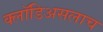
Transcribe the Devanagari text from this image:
क्लॉडिअसलाच